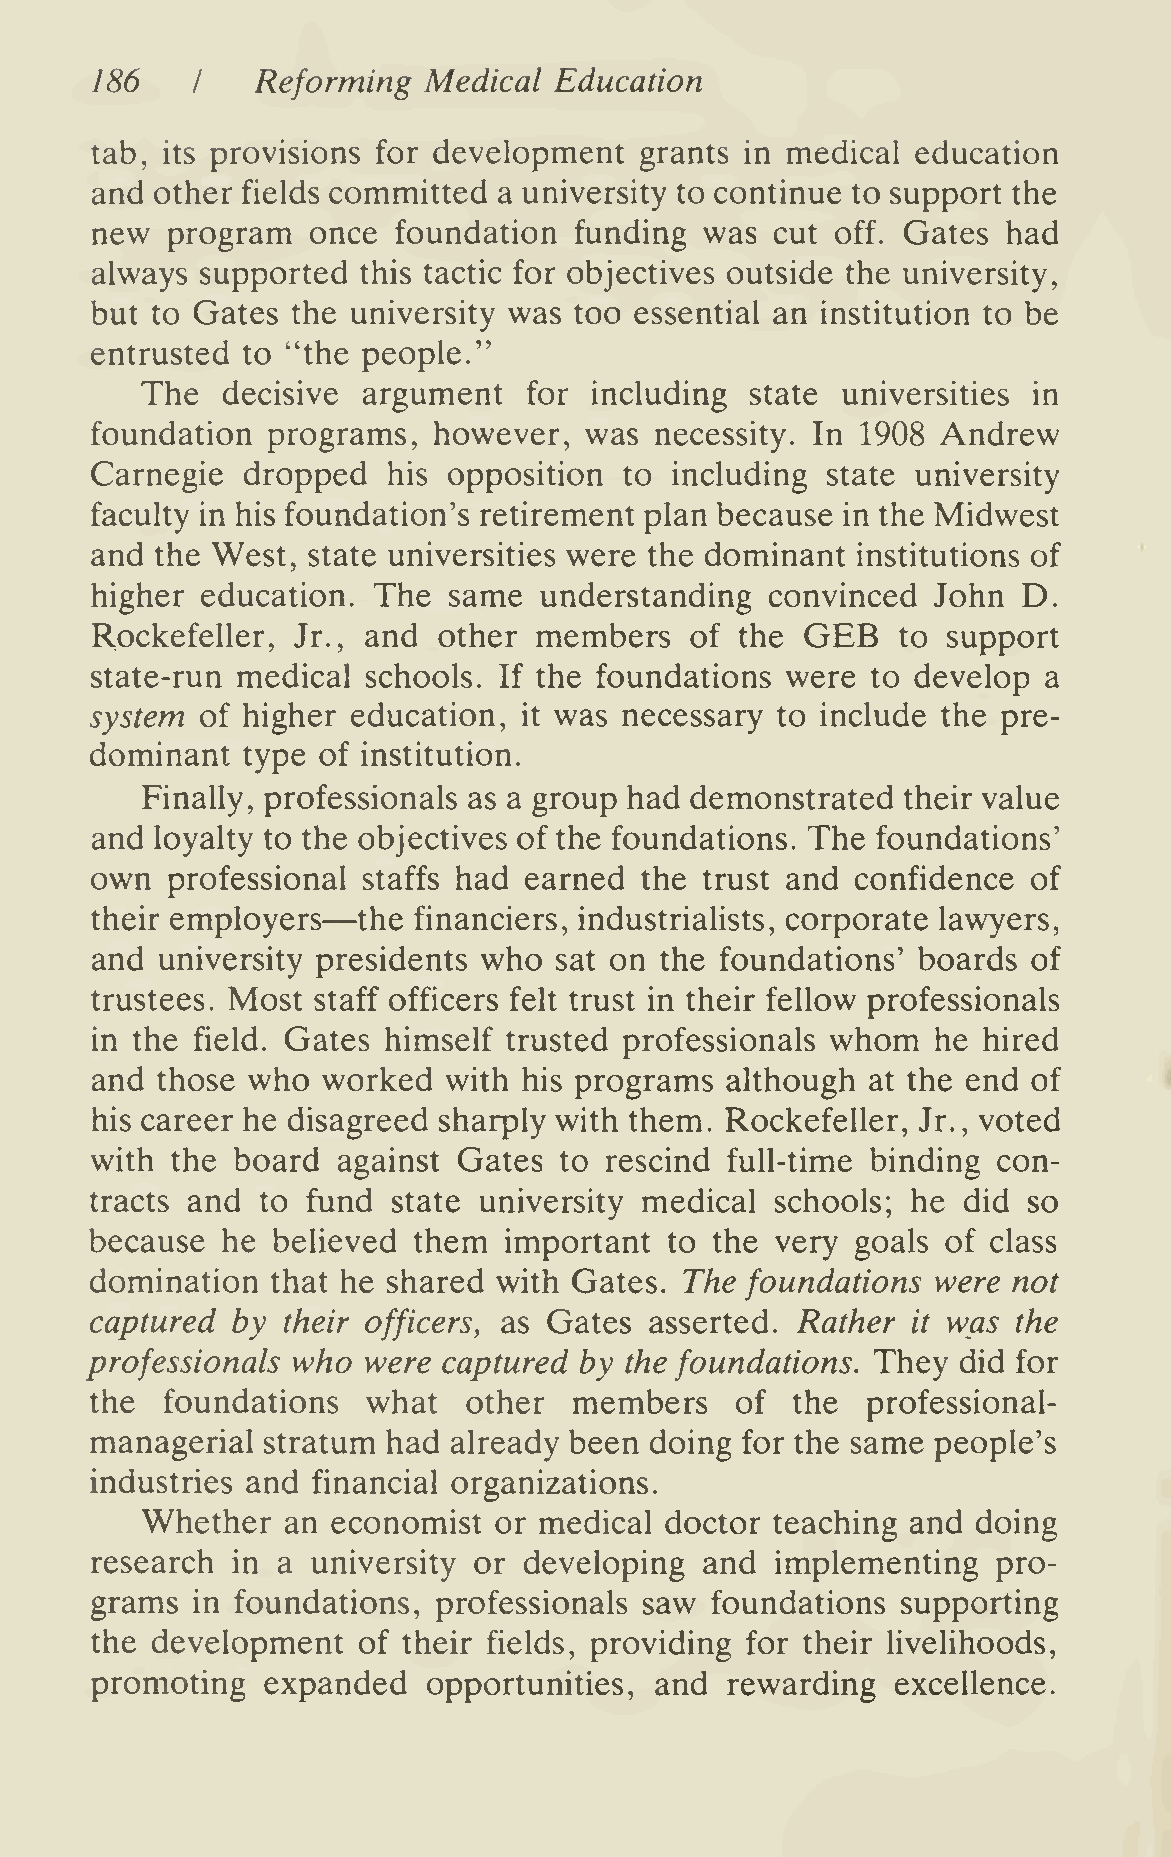
186        Reforming  Medical  Education
 I
 tab, its provisions for development grants in medical  education
 and other fields committed a university to continue to support the
 new  program  once  foundation  funding  was cut off. Gates  had
 always supported  this tactic for objectives outside the university,
 but to Gates the university was too essential an institution to be
 entrusted to "the people."
 The   decisive argument   for including  state universities in
 foundation  programs,  however,  was necessity. In 1908 Andrew
 Carnegie  dropped   his opposition to  including state university
 faculty in his foundation's retirement plan because in the Midwest
 and the West, state universities were the dominant institutions of
 higher education.  The  same  understanding  convinced  John  D.
 GEB
 Rockefeller, Jr., and  other members    of the        to support
 state-run medical schools. If the foundations were  to develop a
 system of higher education,  it was necessary to include the pre-
 dominant  type of institution.
 Finally, professionals as a group had demonstrated their value
 and loyalty to the objectives of the foundations. The foundations'
 own  professional staffs had earned the  trust and confidence of
 —
 their employers   the financiers, industrialists, corporate lawyers,
 and university presidents who  sat on the foundations' boards of
 trustees. Most staff officers felt trust in their fellow professionals
 whom
 in the field. Gates himself trusted professionals       he hired
 and those who  worked  with  his programs although  at the end of
 his career he disagreed sharply with them. Rockefeller, Jr., voted
 with the board  against Gates  to rescind full-time binding con-
 tracts and to fund  state university medical schools; he  did so
 because  he believed them  important  to the very  goals of class
 domination  that he shared with Gates. The foundations  were not
 captured by  their officers, as Gates asserted. Rather it was the
 professionals who were captured by the foundations. They did for
 the  foundations  what   other  members    of the  professional-
 managerial stratum  had already been doing for the same people's
 industries and financial organizations.
 Whether   an economist  or medical doctor teaching and  doing
 research in a  university or developing  and implementing   pro-
 grams  in foundations, professionals saw foundations  supporting
 the development   of their fields, providing for their livelihoods,
 promoting  expanded   opportunities, and  rewarding  excellence.